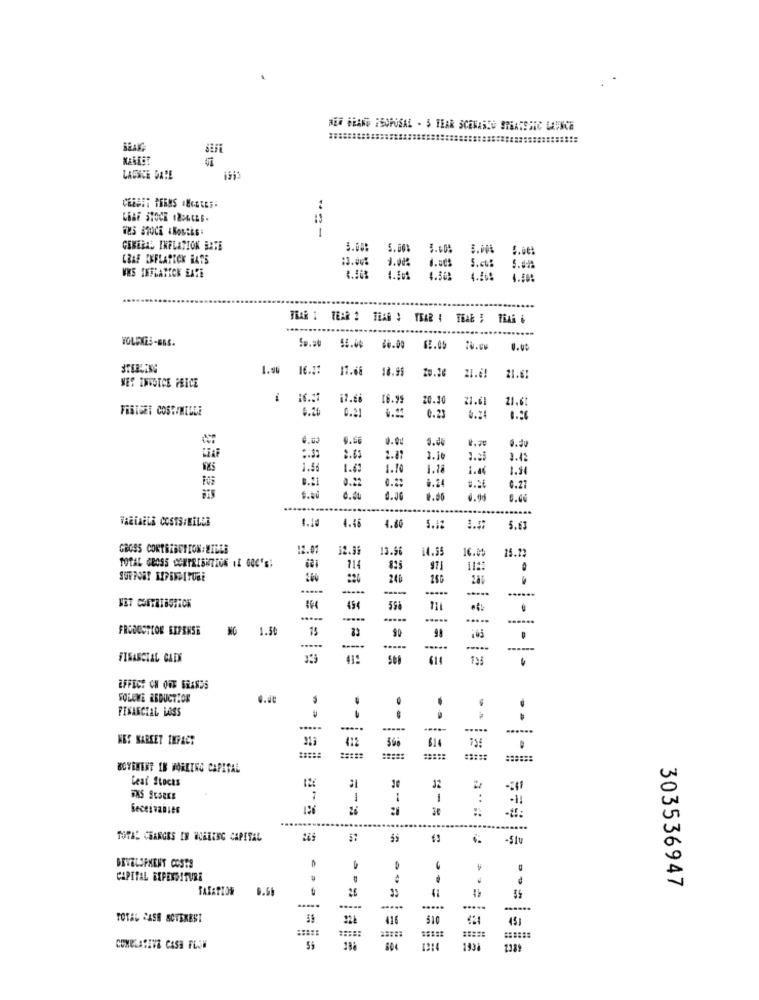
MEG WRANG RSOPUSAL - $ TEAR SCENARIO SPEARSSIC LAONCE
LAUNCE DATE
LEBE STOCK 1256CE6.
1
GENERAL INFLATION BATE
3.00:
5.00%
LEAF EXFLAPICK HATS
:3.00%
1.00%
5. ct:
VES INFLATION EATE
1.30
TRAR 1 TEAR # THAN $ YEAR & TEAE ;
62.05
:V.e
0.40
STERLING
1.96 16.37
11.6
18.95
10.10
21.6!
NES INVOICE PRICE
16.99
20.1
21.61
21.6
FESTGET COSTIMILLE
6.20
0.21
0.23
6.24
6.00
0.00
0.30
LEAF
2.63
2.87
1.]
3.42
1.46
1.41
1.10
1.54
B.21
0.27
0.00
0.00
VARIABLE COSTS/MILLE
4.10
4.46
4.80
5.12
5.62
GROSS CORTEZBUTTON LILLE
2.07
12.35
13.96
16.0
15.23
TOTAL GROSS CONTRIBUTION IL 600'S:
11
825
971
SUPPORT EXPENDITURE
240
.
----
454
598
-
.....
FRODOCTLOR SEPENSE
NO
15
83
.....
.
-----
FINANCIAL CADI
41:
614
EFFECT ON OFF BRANDS
SOLEVE REDUCTION
FINANCIAL LAOSS
.....
.....
....
.....
WET MARKET IMPACT
422
$14
MOVEMENT IN WORKING CAPITAL
Cesi Stocks
12
1
Geceivables
....
TOTAL CHARGES IN WORKING CAPITAL
€3
-Stu
DEVELOPMENT COSTS
>
CAPITAL EXPENDITURE
.
TAXATION
6.69
26
303536947
.....
...
.....
.....
TOTAL CASH SCTEREST
416
510
451
CONELASIVE CASH FLOW
59
2389